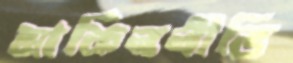
মার্কিননীতি